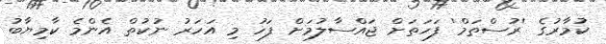
ކުމާރުގެ 'ރުސްތަމް' ފަހަތަށް ޖައްސާލުމަށް ފަހު މި އަހަރު ނުކުތް އެންމެ ކާމިޔާބު